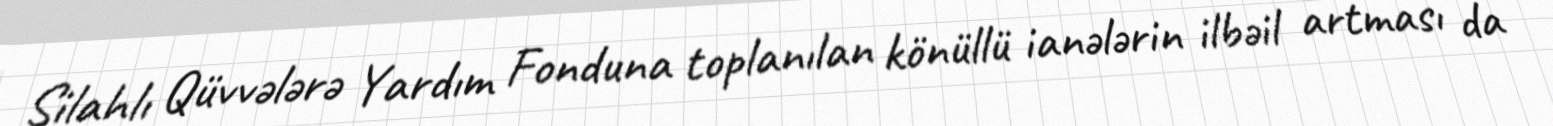
Silahlı Qüvvələrə Yardım Fonduna toplanılan könüllü ianələrin ilbəil artması da